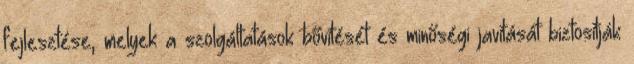
fejlesztése, melyek a szolgáltatások bővítését és minőségi javítását biztosítják